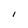
Character: l